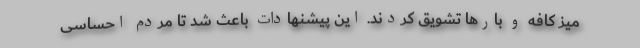
میز کافه‌ و بارها تشویق کردند. این پیشنهادات باعث شد تا مردم احساسی